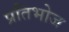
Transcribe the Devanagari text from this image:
प्रतिभोज